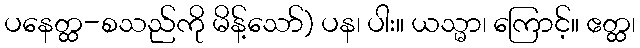
ပနေတ္ထ-စသည်ကို မိန့်သော်) ပန၊ ပါး။ ယသ္မာ၊ ကြောင့်။ ဧတ္ထ၊